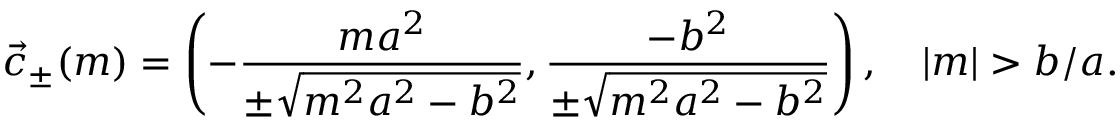
{ \vec { c } } _ { \pm } ( m ) = \left( - { \frac { m a ^ { 2 } } { \pm { \sqrt { m ^ { 2 } a ^ { 2 } - b ^ { 2 } } } } } , { \frac { - b ^ { 2 } } { \pm { \sqrt { m ^ { 2 } a ^ { 2 } - b ^ { 2 } } } } } \right) , \quad | m | > b / a .